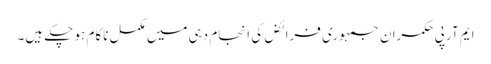
ایم آر پی	حکمران جمہوری فرائض کی انجام دہی میں مکمل ناکام ہو چکے ہیں۔